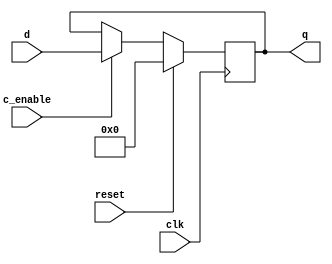
`timescale 1ns / 1ps
//////////////////////////////////////////////////////////////////////////////////
// Company: 
// Engineer: 
// 
// Design Name: 
// Module Name:    sixteen_bit_dff 
// Project Name: 
// Target Devices: 
// Tool versions: 
// Description: 
//
// Dependencies: 
//
// Revision: 
// Revision 0.01 - File Created
// Additional Comments: 
//
//////////////////////////////////////////////////////////////////////////////////
module sixteen_bit_dff
		#(parameter N=16)(input c_enable,input clk,input reset,input [N-1:0]d,output reg [N-1:0]q
      );
always@(posedge clk)begin
	if(reset)q<=0;
	else if(c_enable)q<=d;
end
endmodule